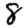
Digit: 8